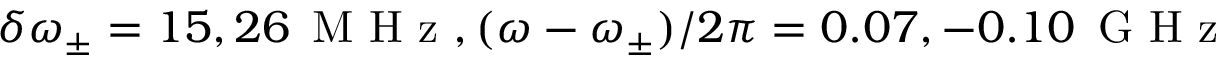
\delta \omega _ { \pm } = 1 5 , 2 6 \, \textrm { M H z } , ( \omega - \omega _ { \pm } ) / 2 \pi = 0 . 0 7 , - 0 . 1 0 \, \textrm { G H z }